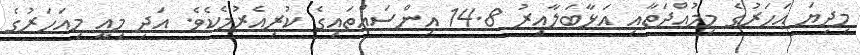
މިދިޔަ އަހަރުގެ މިމުއްދަތާއި އަޅާބަލާއިރު 14.8 އިންސައްތައިގެ ކުރިއެރުމެކެވެ. އަދި މިއީ މިއަހަރުގެ